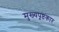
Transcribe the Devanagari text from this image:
मुख्यपृष्ठकार